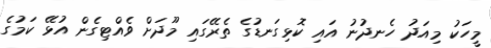
މީހަކު މިއަދު ހެނދުނު އައި ކޮޅިގަނޑުގެ ތެރޭގައި މޫދަށް ވެއްޓިގެން އުޅޭ ކަމުގެ